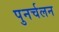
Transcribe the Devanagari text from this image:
पुनर्चलन